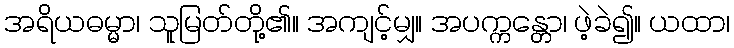
အရိယဓမ္မာ၊ သူမြတ်တို့၏။ အကျင့်မျှ။ အပက္ကန္တော၊ ဖဲ့ခဲ၍။ ယထာ၊